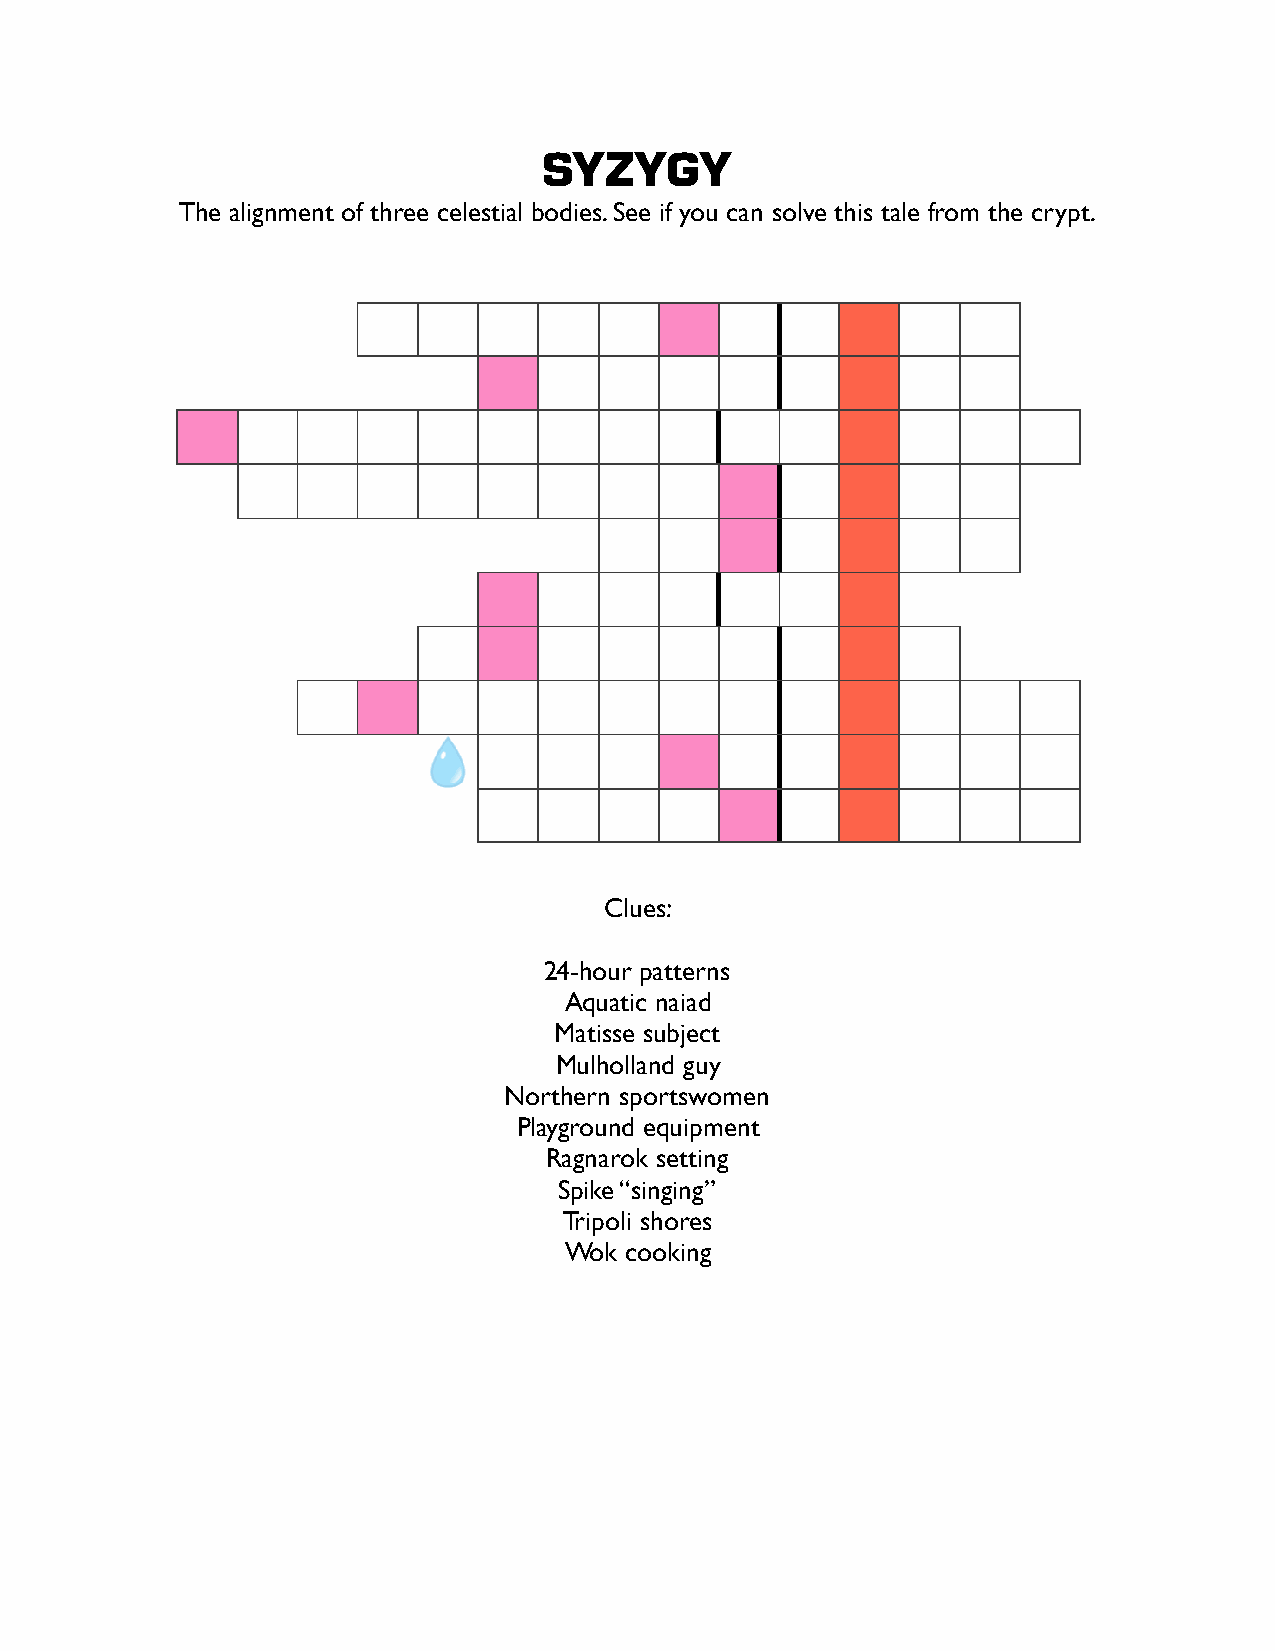
SYZYGY
 The alignment of three celestial bodies. See if you can solve this tale from the crypt.
 Clues:
 24-hour patterns
 Aquatic naiad
 Matisse subject
 Mulholland guy
 Northern sportswomen
 Playground equipment
 Ragnarok setting
 Spike “singing”
 Tripoli shores
 Wok cooking